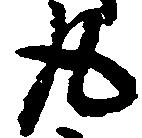
丸